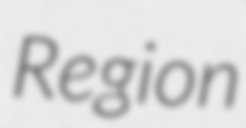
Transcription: Region